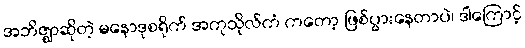
အဘိဇ္ဈာဆိုတဲ့ မနောဒုစရိုက် အကုသိုလ်ကံ ကတော့ ဖြစ်ပွားနေတာပဲ၊ ဒါကြောင့်